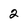
Character: 2